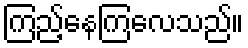
ကြည့်နေကြလေသည်။